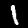
Digit: 1